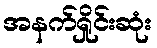
အနက်ရှိုင်းဆုံး